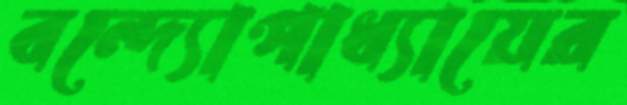
বন্দ্যোপাধ্যায়ের